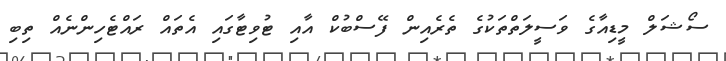
ސޯޝަލް މީޑިއާގެ ވަސީލަތްތަކުގެ ތެރެއިން ފޭސްބުކް އާއި ޓުވިޓާގައި އެތައް ރައްޓެހިންނެއް ތިބި